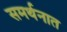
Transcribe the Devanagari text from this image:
समर्थनात